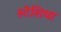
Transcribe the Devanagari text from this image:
स्टेशिया